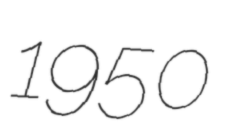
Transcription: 1950